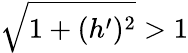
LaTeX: \sqrt{1+(h^{\prime})^{2}}>1